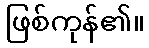
ဖြစ်ကုန်၏။